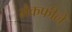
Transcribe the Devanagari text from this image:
मैकफीले